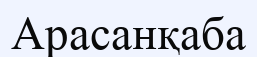
Арасанқаба